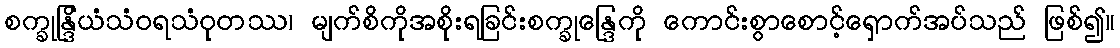
စက္ခုန္ဒြိယံသံဝရသံဝုတဿ၊ မျက်စိကိုအစိုးရခြင်းစက္ခုန္ဒြေကို ကောင်းစွာစောင့်ရှောက်အပ်သည် ဖြစ်၍။